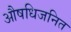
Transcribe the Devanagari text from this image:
औषधिजनित